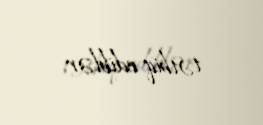
tətbiq ediblər.